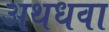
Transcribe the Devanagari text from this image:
अथधवा